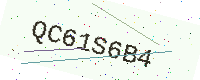
Text: QC61S6B4